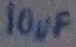
Text: 10µF